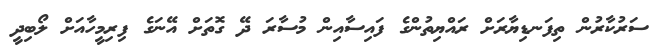
ސަރުކާރުން ތިފަނޑިޔާރަށް ރައްޔިތުންގެ ފައިސާއިން މުސާރަ ދޭ ގޮތަށް އޭނަގެ ފިރިމީހާއަށް ލޯބިދީ